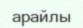
арайлы